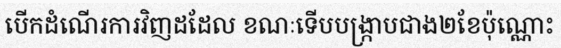
បើកដំណើរការវិញដដែល ខណៈទើបបង្ក្រាបជាង២ខែប៉ុណ្ណោះ